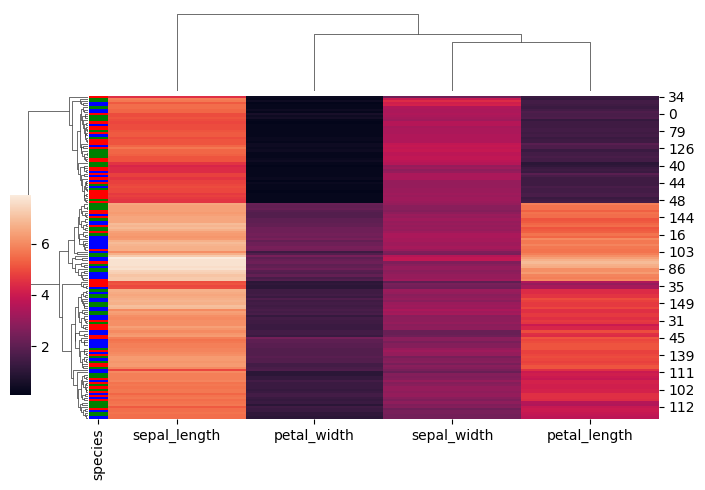
python, seaborn, clustermap, figsize=(7, 5), row_cluster=True, dendrogram_ratio=(0.1, 0.2), cbar_pos=(0, 0.2, 0.03, 0.4)